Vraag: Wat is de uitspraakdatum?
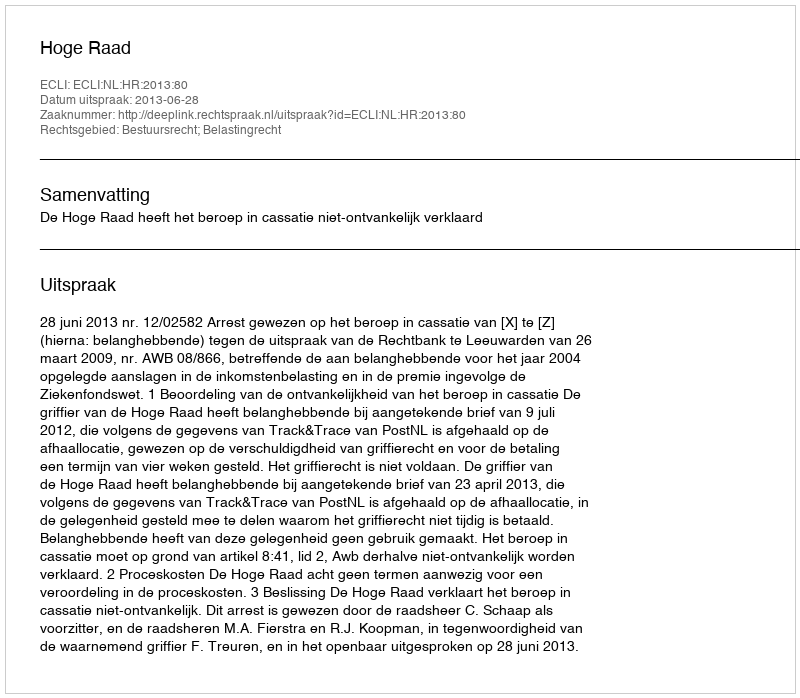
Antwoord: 2013-06-28